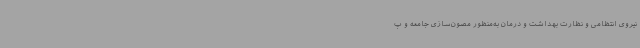
نیروی انتظامی و نظارت بهداشت و درمان به‌منظور مصون‌سازی جامعه و پ